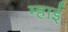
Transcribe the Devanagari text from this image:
म्हाई